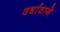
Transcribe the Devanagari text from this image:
वर्षावाने